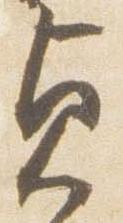
貞